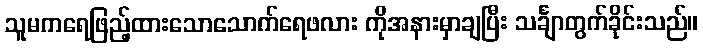
သူမကရေဖြည့်ထားသောသောက်ရေဖလား ကိုအနားမှာချပြီး သင်္ချာတွက်ခိုင်းသည်။